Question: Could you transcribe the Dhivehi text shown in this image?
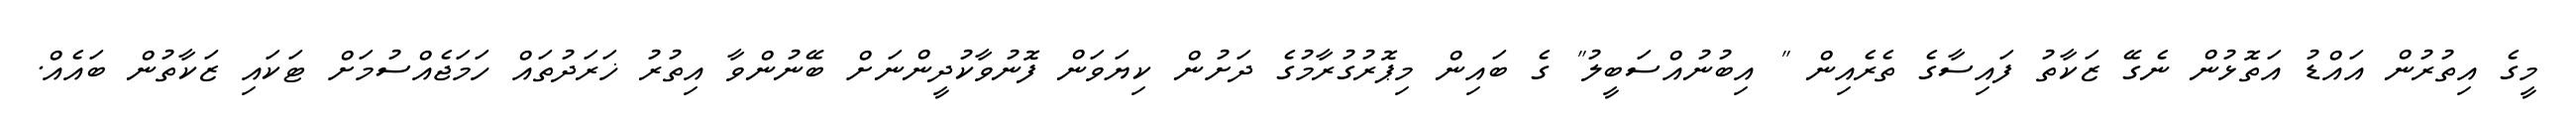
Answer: މީގެ އިތުރުން އައްޑު އަތޮޅުން ނެގޭ ޒަކާތު ފައިސާގެ ތެރެއިން " އިބުނުއްސަބީލު" ގެ ބައިން މިޕޮރުގުރާމުގެ ދަށުން ކިޔަވަން ފޮނުވާކުދީންނަށް ބޭނުންވާ އިތުރު ޚަރަދުތައް ހަމަޖެއްސުމަށް ޓަކައި ޒަކާތުން ބައެއް.